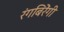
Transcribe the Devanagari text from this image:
रंगबिरेंगी